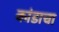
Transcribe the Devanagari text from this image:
कांडाचा